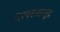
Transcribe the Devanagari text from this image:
नरपराधशूद्र